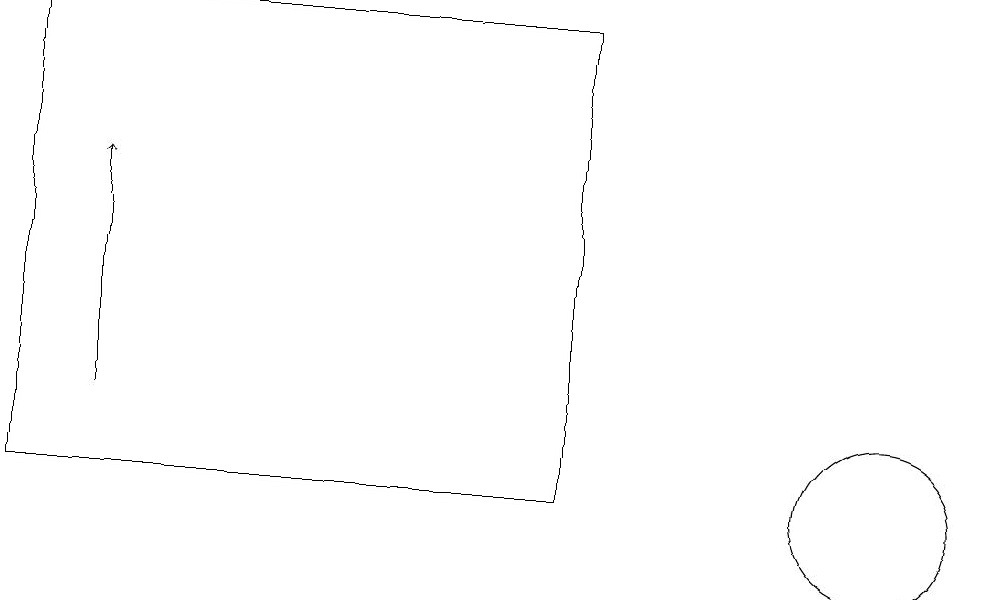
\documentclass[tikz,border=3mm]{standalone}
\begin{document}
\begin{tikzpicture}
\draw[->] (2,11) -- (2,14);
\draw (12,10) circle (1);
\draw (8,16) rectangle (1,10);
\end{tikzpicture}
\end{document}